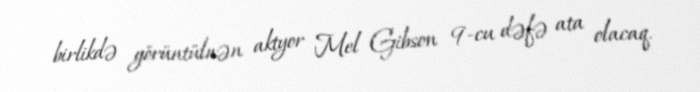
birlikdə görüntülnən aktyor Mel Gibson 9-cu dəfə ata olacaq.